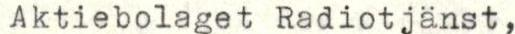
Aktiebolaget Radiotjänst,